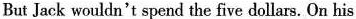
But Jack wouldn't spend the five dollars. On his